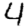
Digit: 4